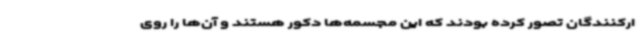
ارکنندگان تصور کرده بودند که این مجسمه‌ها دکور هستند و آن‌ها را روی